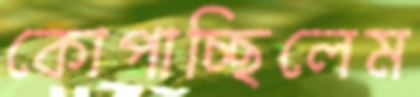
কোপাচ্ছিলেম